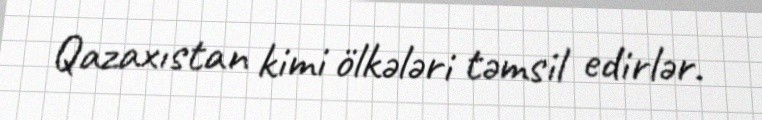
Qazaxıstan kimi ölkələri təmsil edirlər.